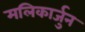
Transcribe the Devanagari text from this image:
मलिकार्जुन